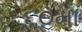
૬૦મા